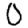
Digit: 0